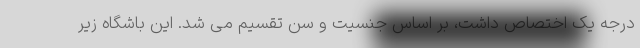
درجه یک اختصاص داشت، بر اساس جنسیت و سن تقسیم می شد. این باشگاه زیر